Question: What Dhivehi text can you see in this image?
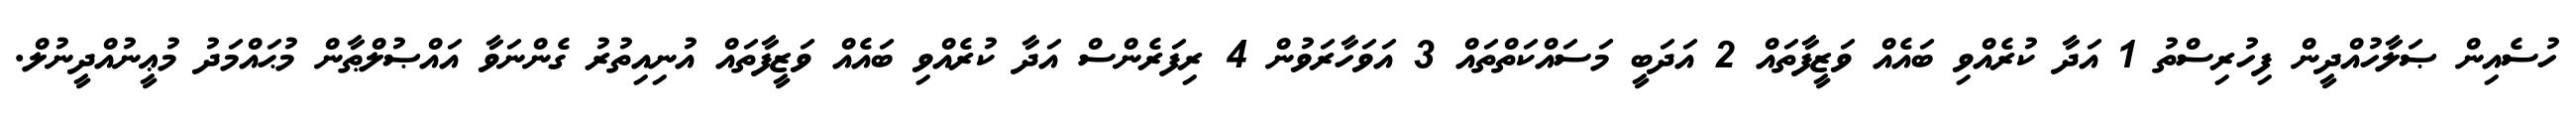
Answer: ހުސެއިން ޞަލާހުއްދީން ފިހުރިސްތު 1 އަދާ ކުރެއްވި ބައެއް ވަޒީފާތައް 2 އަދަބީ މަސައްކަތްތައް 3 އަވަހާރަވުން 4 ރިފަރެންސް އަދާ ކުރެއްވި ބައެއް ވަޒީފާތައް އުނިއިތުރު ގެންނަވާ އައްޞުލްޠާން މުޙައްމަދު މުޢީނުއްދީނުލް.